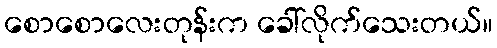
စောစောလေးတုန်းက ခေါ်လိုက်သေးတယ်။